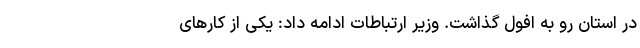
در استان رو به افول گذاشت. وزیر ارتباطات ادامه داد: یکی از کارهای